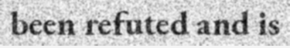
been refuted and is